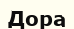
Дора